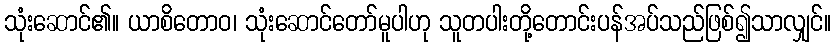
သုံးဆောင်၏။ ယာစိတောဝ၊ သုံးဆောင်တော်မူပါဟု သူတပါးတို့တောင်းပန်အပ်သည်ဖြစ်၍သာလျှင်။